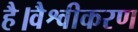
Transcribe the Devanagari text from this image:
है।वैश्वीकरण